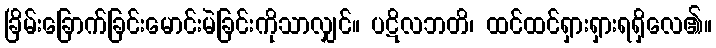
ခြိမ်းခြောက်ခြင်းမောင်းမဲခြင်းကိုသာလျှင်။ ပဋိလဘတိ၊ ထင်ထင်ရှားရှားရရှိလေ၏။